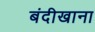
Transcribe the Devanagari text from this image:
बंदीखाना